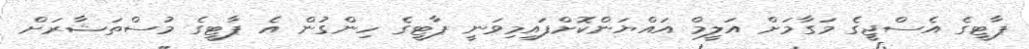
ޕާޓީގެ އެސްޖީގެ މަގާމަށް އަލީމް އައްޔަންކޮށްފައިމިވަނީ ޕާޓީގެ ހިންގުން އެ ޕާޓީގެ މުސްތަޝާރަށް